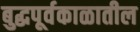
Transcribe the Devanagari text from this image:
बुद्धपूर्वकाळातील